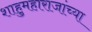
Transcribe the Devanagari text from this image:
शाहुमहाराजांच्या